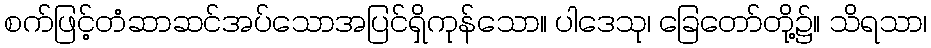
စက်ဖြင့်တံဆာဆင်အပ်သောအပြင်ရှိကုန်သော။ ပါဒေသု၊ ခြေတော်တို့၌။ သိရသာ၊